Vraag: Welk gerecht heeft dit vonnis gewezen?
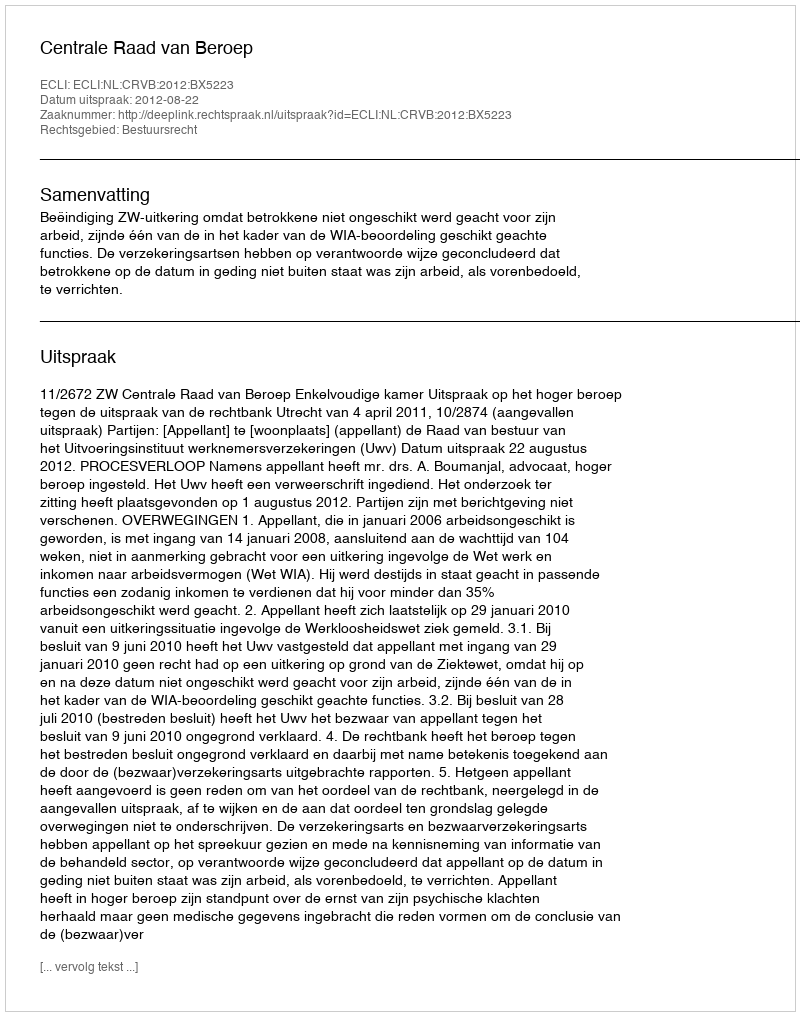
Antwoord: Centrale Raad van Beroep